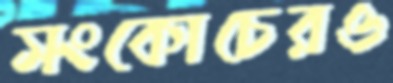
সংকোচেরও